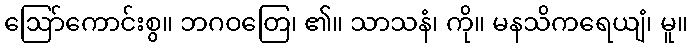
ဩော်ကောင်းစွ။ ဘဂဝတြေ၊ ၏။ သာသနံ၊ ကို။ မနသိကရေယျံ၊ မူ။